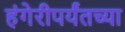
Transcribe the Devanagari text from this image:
हंगेरीपर्यंतच्या